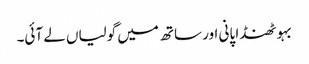
بہو ٹھنڈا پانی اور ساتھ میں گولیاں لے آئی۔